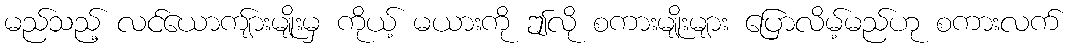
မည်သည့် လင်ယောကျ်ားမျိုးမှ ကိုယ့် မယားကို ဤလို စကားမျိုးများ ပြောလိမ့်မည်ဟု စကားလက်